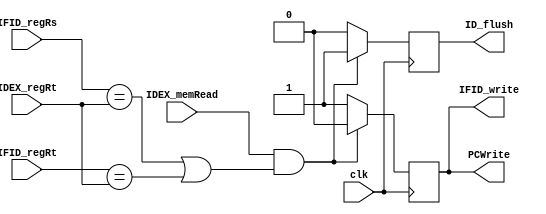
`timescale 1ns / 1ps

module lw_hazard (PCWrite, IFID_write, ID_flush, IDEX_memRead, IFID_regRs, IFID_regRt, IDEX_regRt, clk);
    input   [4:0]   IFID_regRs,     IFID_regRt,     IDEX_regRt;
    input           IDEX_memRead,   clk;
    output          PCWrite,        IFID_write,     ID_flush;

    reg             PCWrite,        IFID_write,     ID_flush;

    initial begin
        PCWrite     = 1;
        ID_flush    = 0;
        IFID_write  = 1;
    end
    
    always @(negedge clk) begin
        PCWrite     = 1;
        ID_flush    = 0;
        IFID_write  = 1;
        if (IDEX_memRead && (IFID_regRs == IDEX_regRt || IFID_regRt == IDEX_regRt)) begin
            PCWrite     = 0;
            ID_flush    = 1;
            IFID_write  = 0;
        end
    end
endmodule //lw_hazard